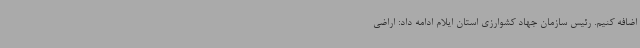
اضافه کنیم. رئیس سازمان جهاد کشوارزی استان ایلام ادامه داد: اراضی